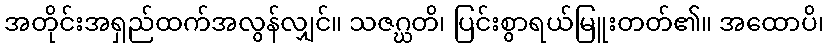
အတိုင်းအရှည်ထက်အလွန်လျှင်။ သဇဂ္ဃတိ၊ ပြင်းစွာရယ်မြူးတတ်၏။ အထောပိ၊